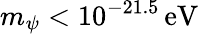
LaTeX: m_{\psi}<10^{-21.5}\mathrm{\, eV}